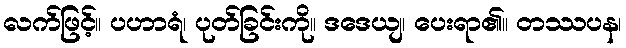
လက်ဖြင့်။ ပဟာရံ၊ ပုတ်ခြင်းကို။ ဒဒေယျ၊ ပေးရာ၏။ တဿပန၊